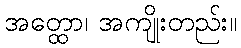
အတ္ထော၊ အကျိုးတည်း။